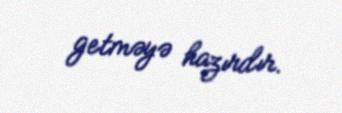
getməyə hazırdır.